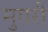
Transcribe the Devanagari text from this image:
मुगरी